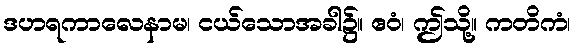
ဒဟရကာလေနာမ၊ ငယ်သောအခါ၌။ ဧဝံ၊ ဤသို့။ ကတိကံ၊